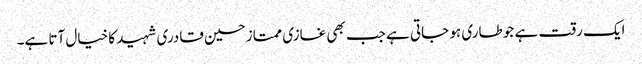
ایک رقت ہے جو طاری ہو جاتی ہے جب بھی غازی ممتاز حسین قادری شہید کا خیال آتا ہے۔